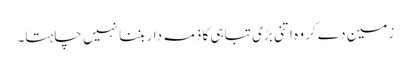
زمین دے کر وہ اتنی بڑی تباہی کا ذمہ دار بننا نہیں چاہتا۔